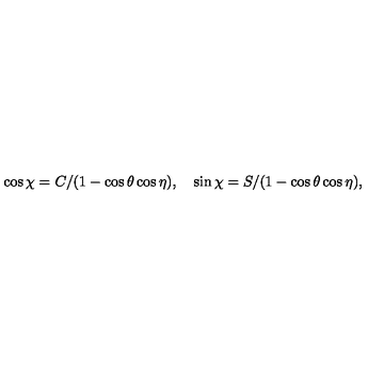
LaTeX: \cos { \chi } = C / ( 1 - \cos { \theta } \cos { \eta } ) , \quad \sin { \chi } = S / ( 1 - \cos { \theta } \cos { \eta } ) ,